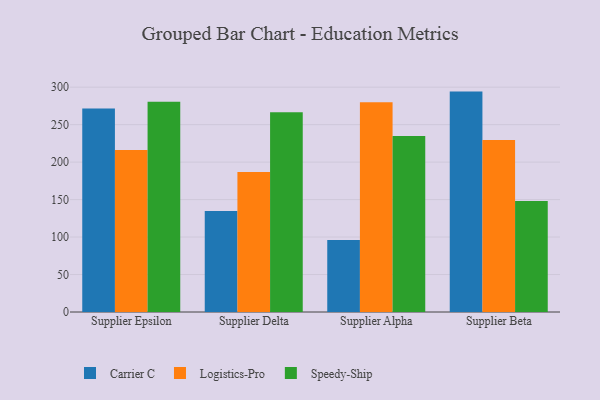
{"axis": {"x": "Supplier", "y": "Bounce Rate (%)"}, "legend": ["Carrier C", "Logistics-Pro", "Speedy-Ship"], "data": [{"x": "Supplier Epsilon", "y": 271.7, "type": "Carrier C"}, {"x": "Supplier Epsilon", "y": 216.2, "type": "Logistics-Pro"}, {"x": "Supplier Epsilon", "y": 280.4, "type": "Speedy-Ship"}, {"x": "Supplier Delta", "y": 134.8, "type": "Carrier C"}, {"x": "Supplier Delta", "y": 186.8, "type": "Logistics-Pro"}, {"x": "Supplier Delta", "y": 266.7, "type": "Speedy-Ship"}, {"x": "Supplier Alpha", "y": 96.2, "type": "Carrier C"}, {"x": "Supplier Alpha", "y": 279.9, "type": "Logistics-Pro"}, {"x": "Supplier Alpha", "y": 234.7, "type": "Speedy-Ship"}, {"x": "Supplier Beta", "y": 294.1, "type": "Carrier C"}, {"x": "Supplier Beta", "y": 229.4, "type": "Logistics-Pro"}, {"x": "Supplier Beta", "y": 148.1, "type": "Speedy-Ship"}]}